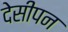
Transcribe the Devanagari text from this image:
देसीपन